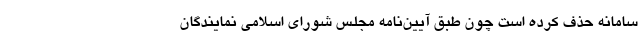
سامانه حذف کرده است چون طبق آیین‌نامه مجلس شورای اسلامی نمایندگان